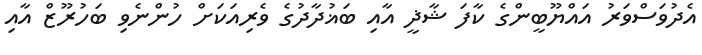
އެދުވަސްވަރު އައްޔޫބީންގެ ކާފަ ޝާޛީ އާއި ބަޣުދާދުގެ ވެރިއަކަށް ހުންނެވި ބަހުރޫޒް އާއި